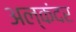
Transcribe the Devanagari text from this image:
अल्कंदर